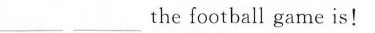
___ the football game is!